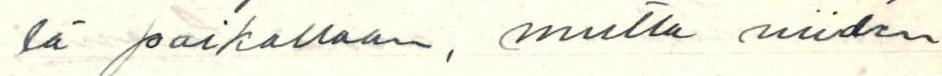
lä paikallaan, mutta niiden